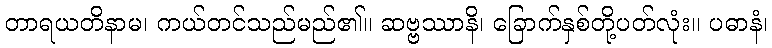
တာရယတိနာမ၊ ကယ်တင်သည်မည်၏။ ဆဗ္ဗဿာနိ၊ ခြောက်နှစ်တို့ပတ်လုံး။ ပဓာနံ၊